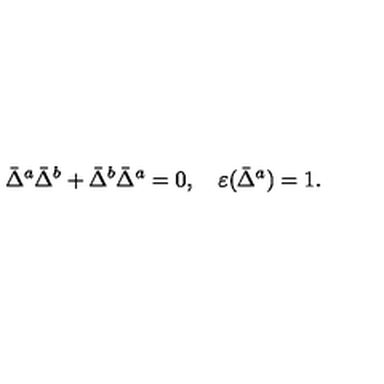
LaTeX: \bar { \Delta } ^ { a } \bar { \Delta } ^ { b } + \bar { \Delta } ^ { b } \bar { \Delta } ^ { a } = 0 , \quad \varepsilon ( \bar { \Delta } ^ { a } ) = 1 .